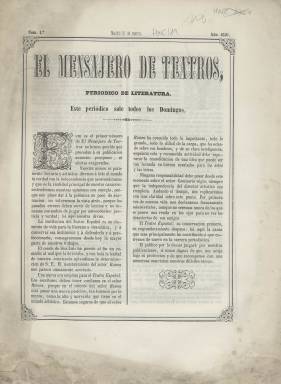
Título: El Mensajero de teatros
Colección: Literatura
Ámbito geográfico: Madrid
Lugar de publicación: Madrid
Fechas: 31/03/1850-28/04/1850

Periódico semanal dedicado a la literatura, especialmente al mundo teatral que apareció en 1850 y parece que dejó de publicarse ese mismo año, a juzgar por el poco rastro que ha dejado en las historias del periodismo español. La Biblioteca Nacional de España solo posee los cinco primeros números.

  En su primer número la publicación expresa claramente que su razón de ser es la defensa y perfeccionamiento del Teatro Español, antiguo Teatro del Príncipe que el año anterior había cambiado de denominación. Junto con el nombre había un cambio de modelo impulsado por el ministro de la Gobernación, Luis José Sartorius, conde de San Luis, de quien el periódico hace un elogio y apoya su decisión de nombrar como director artístico al actor Julián Romea. Los editores no ocultan su amistad con Romea y se declaran por primera vez progubernamentales, aunque aclaran que no ahorrarán las críticas si observan desaciertos en la gestión.

  El periódico constaba de ocho páginas y salía los domingos. La crítica teatral era lo principal de su contenido, aunque había otras secciones, como una de biografías de escritores. La primera está dedicada a Quevedo y junto con sus obras ocupa un buen número de páginas. Hay en este primer número también un poema de José Zorrilla, ya famoso después de la representación de su ‘Don Juan Tenorio’ y muchas otras obras.

  Aparte de la poesía de diferentes autores, otra de las secciones de la publicación son las noticias teatrales, con todo tipo de información sobre estrenos, actores y actrices y cantantes, dado que se incluye en este apartado las representaciones de ópera.

  Para la historia del teatro en España, en general, tiene cierta importancia esta sección de noticias teatrales puesto que, en ella, que suele ocupar las dos últimas páginas de cada número, se informa de todo tipo de acontecimientos y hechos cotidianos del mundo de la escena, así como anécdotas curiosas.

   También se ocupaba el periódico del teatro en París. En el último número que posee la BNE se puede leer en francés parte de los versos de una escena de un drama de Lamartine.

[Descripción publicada el 8/09/2023]